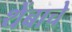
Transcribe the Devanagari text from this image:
थेंबाचे